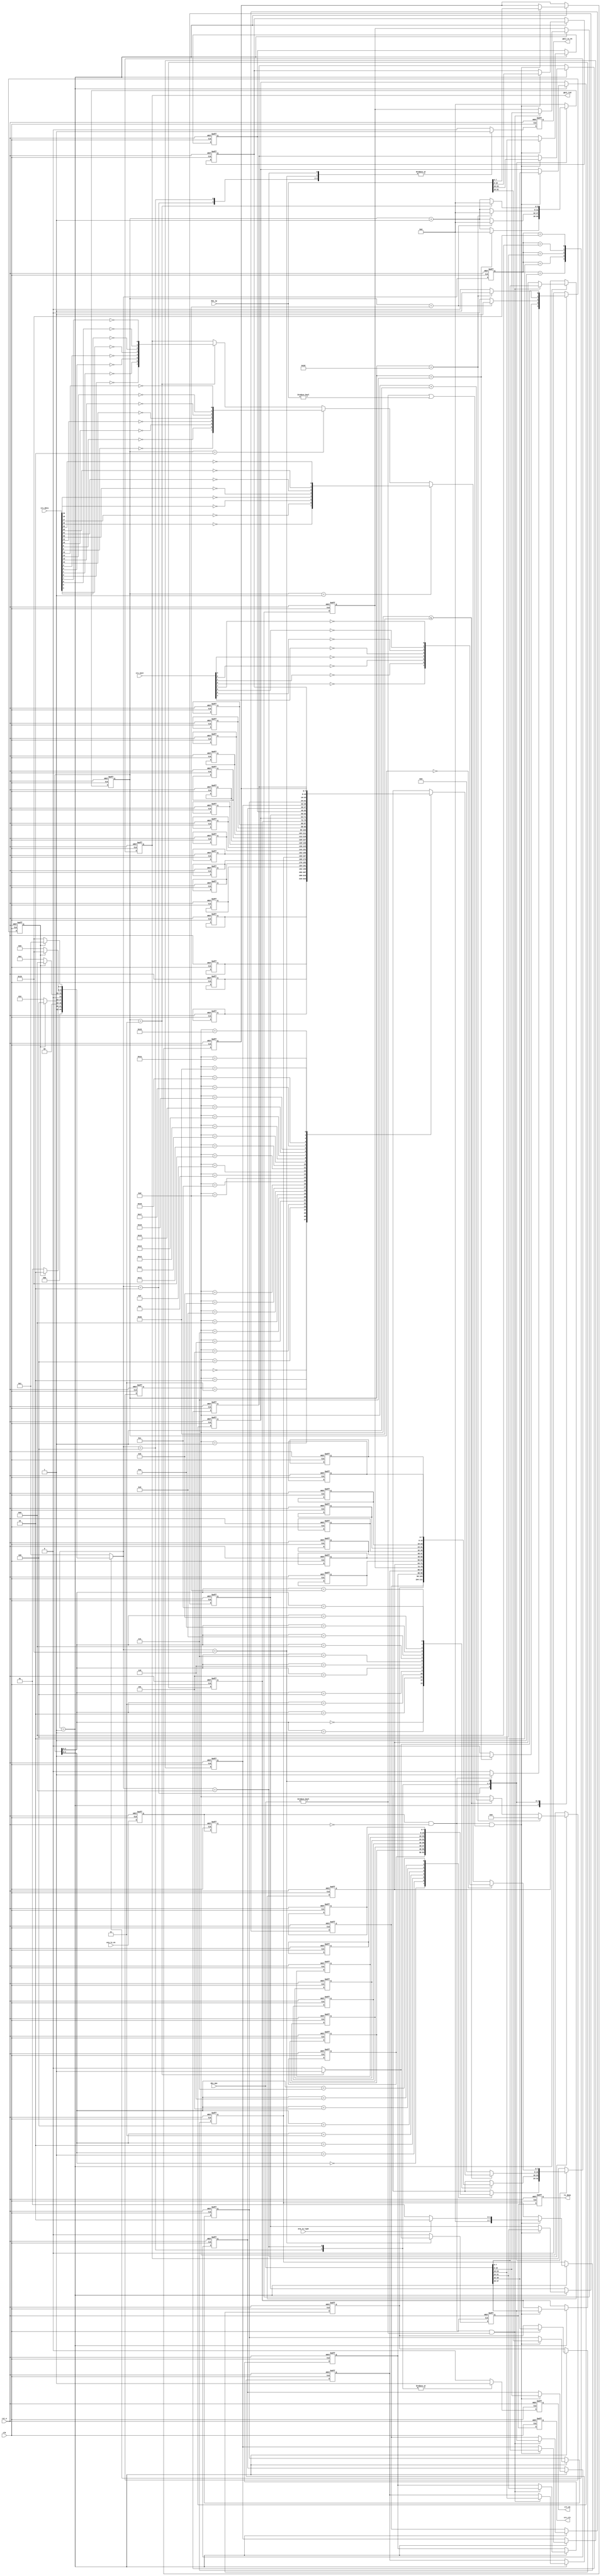
//************************************************
// Version      : v1.0
// Target Device: PANGO PGL50H
// Function     : 
//************************************************

module arp_tx #(
    parameter BOARD_MAC     = 48'h00_11_22_33_44_55         , //MAC 00-11-22-33-44-55
    parameter BOARD_IP      = {8'd192, 8'd168, 8'd1, 8'd10} , //IP 192.168.1.10
    parameter DES_MAC       = 48'hff_ff_ff_ff_ff_ff         , //MAC ff_ff_ff_ff_ff_ff
    parameter DES_IP        = {8'd192, 8'd168, 8'd1, 8'd102}  //IP 192.168.1.102
)(
    input   wire            clk        , //
    input   wire            rst_n      , //
    
    input   wire            arp_tx_en  , //ARP
    input   wire            arp_tx_type, //ARP 0:  1:
    input   wire    [47:0]  des_mac    , //MAC
    input   wire    [31:0]  des_ip     , //IP
    input   wire    [31:0]  crc_data   , //CRC
    input   wire    [ 7:0]  crc_next   , //CRC
    output  reg             tx_done    , //
    output  reg             gmii_tx_en , //GMII
    output  reg     [ 7:0]  gmii_txd   , //GMII
    output  reg             crc_en     , //CRC
    output  reg             crc_clr      //CRC 
);
/*************************parameter**************************/
localparam CODE_PREAMBLE = 8'h55    ; // 78'h55
localparam CODE_SFD      = 8'hd5    ; // 
localparam ETH_TYPE      = 16'h0806 ; // ARP
localparam HD_TYPE       = 16'h0001 ; // 
localparam PROTOCOL_TYPE = 16'h0800 ; // IP
localparam MIN_DATA_NUM  = 16'd46   ; // 46,

/****************************reg*****************************/
reg             r0_arp_tx_en    ;
reg             r1_arp_tx_en    ;

reg             skip_en         ; // 
reg     [ 5:0]  cnt             ; // 
reg     [ 4:0]  data_cnt        ; // 
reg             r_tx_done       ;

reg     [ 7:0]  preamble[7:0]   ; // +SFD
reg     [ 7:0]  eth_head[13:0]  ; // 
reg     [ 7:0]  arp_data[27:0]  ; // ARP 

/****************************wire****************************/
wire            arp_tx_en_posedge;

/********************combinational logic*********************/
assign arp_tx_en_posedge = r0_arp_tx_en && (!r1_arp_tx_en);

/****************************FSM*****************************/
reg     [4:0]   fsm_c;
reg     [4:0]   fsm_n;

localparam ST_IDLE     = 5'b00001; // 
localparam ST_PREAMBLE = 5'b00010; // +
localparam ST_ETH_HEAD = 5'b00100; // 
localparam ST_ARP_DATA = 5'b01000; //  ARP 
localparam ST_CRC      = 5'b10000; //  CRC 

always@(posedge clk or negedge rst_n)
begin
    if(!rst_n)
        fsm_c <= ST_IDLE;
    else
        fsm_c <= fsm_n;
end

always@(*)
begin
    case(fsm_c)
        ST_IDLE:                        // 
            if(skip_en)
                fsm_n = ST_PREAMBLE;
            else
                fsm_n = ST_IDLE;
        ST_PREAMBLE:                    // +
            if(skip_en)
                fsm_n = ST_ETH_HEAD;
            else
                fsm_n = ST_PREAMBLE;
        ST_ETH_HEAD:                    // 
            if(skip_en)
                fsm_n = ST_ARP_DATA;
            else
                fsm_n = ST_ETH_HEAD;
        ST_ARP_DATA:                    //  ARP 
            if(skip_en)
                fsm_n = ST_CRC;
            else
                fsm_n = ST_ARP_DATA;
        ST_CRC:                         //  CRC 
            if(skip_en)
                fsm_n = ST_IDLE;
            else
                fsm_n = ST_CRC;
        default:
                fsm_n = ST_IDLE;
    endcase
end

/**************************process***************************/
always@(posedge clk or negedge rst_n)
begin
    if(!rst_n)
        begin
            r0_arp_tx_en <= 1'b0;
            r1_arp_tx_en <= 1'b0;
        end
    else
        begin
            r0_arp_tx_en <= arp_tx_en;
            r1_arp_tx_en <= r0_arp_tx_en;
        end
end

always@(posedge clk or negedge rst_n)
begin
    if(!rst_n)
        skip_en <= 1'b0;
    else case(fsm_n)
        ST_IDLE:
            if(arp_tx_en_posedge)
                skip_en <= 1'b1;
            else
                skip_en <= 1'b0;
        ST_PREAMBLE:
            if(cnt == 6'd7)
                skip_en <= 1'b1;
            else
                skip_en <= 1'b0;
        ST_ETH_HEAD:
            if(cnt == 6'd13)
                skip_en <= 1'b1;
            else
                skip_en <= 1'b0;
        ST_ARP_DATA:
            if(cnt == MIN_DATA_NUM - 1)
                skip_en <= 1'b1;
            else
                skip_en <= 1'b0;
        ST_CRC:
            if(cnt == 6'd3)
                skip_en <= 1'b1;
            else
                skip_en <= 1'b0;
        default:
                skip_en <= 1'b0;
    endcase
end

always@(posedge clk or negedge rst_n)
begin
    if(!rst_n)
        cnt <= 6'd0;
    else case(fsm_n)
        ST_PREAMBLE:
            if(cnt == 6'd7)
                cnt <= 6'd0;
            else
                cnt <= cnt + 1'b1;
        ST_ETH_HEAD:
            if(cnt == 6'd13)
                cnt <= 6'd0;
            else
                cnt <= cnt + 1'b1;
        ST_ARP_DATA:
            if(cnt == MIN_DATA_NUM - 1)
                cnt <= 6'd0;
            else
                cnt <= cnt + 1'b1;
        ST_CRC:
            if(cnt == 6'd3)
                cnt <= 6'd0;
            else
                cnt <= cnt + 1'b1;
        default:
                cnt <= 6'd0;
    endcase
end

always@(posedge clk or negedge rst_n)
begin
    if(!rst_n)
        data_cnt <= 5'd0;
    else if(fsm_n == ST_ARP_DATA)
        if(cnt == MIN_DATA_NUM - 1)
            data_cnt <= 5'd0;
        else if(data_cnt <= 5'd27)
            data_cnt <= data_cnt + 1'b1;
        else
            data_cnt <= data_cnt;
    else
        data_cnt <= data_cnt;
end

always@(posedge clk or negedge rst_n)
begin
    if(!rst_n)
        crc_en <= 1'b0;
    else case(fsm_n)
        ST_ETH_HEAD:
            crc_en <= 1'b1;
        ST_ARP_DATA:
            crc_en <= 1'b1;
        default:
            crc_en <= 1'b0;
    endcase
end

always@(posedge clk or negedge rst_n)
begin
    if(!rst_n)
        gmii_tx_en <= 1'b0;
    else case(fsm_n)
        ST_PREAMBLE:
            gmii_tx_en <= 1'b1;
        ST_ETH_HEAD:
            gmii_tx_en <= 1'b1;
        ST_ARP_DATA:
            gmii_tx_en <= 1'b1;
        ST_CRC:
            gmii_tx_en <= 1'b1;
        default:
            gmii_tx_en <= 1'b0;
    endcase
end

always@(posedge clk or negedge rst_n)
begin
    if(!rst_n)
        gmii_txd <= 8'd0;
    else case(fsm_n)
        ST_PREAMBLE:
            gmii_txd <= preamble[cnt];
        ST_ETH_HEAD:
            gmii_txd <= eth_head[cnt];
        ST_ARP_DATA:
            if(data_cnt <= 6'd27)
                gmii_txd <= arp_data[data_cnt];
            else
                gmii_txd <= 8'd0;
        ST_CRC:
            if(cnt == 6'd0)
                gmii_txd <= {!crc_next[0], !crc_next[1], !crc_next[2], !crc_next[3], 
                             !crc_next[4], !crc_next[5], !crc_next[6], !crc_next[7]};
            else if(cnt == 6'd1)
                gmii_txd <= {!crc_data[16], !crc_data[17], !crc_data[18], !crc_data[19], 
                             !crc_data[20], !crc_data[21], !crc_data[22], !crc_data[23]};
            else if(cnt == 6'd2)
                gmii_txd <= {!crc_data[ 8], !crc_data[ 9], !crc_data[10], !crc_data[11], 
                             !crc_data[12], !crc_data[13], !crc_data[14], !crc_data[15]};
            else if(cnt == 6'd3)
                gmii_txd <= {!crc_data[0], !crc_data[1], !crc_data[2], !crc_data[3], 
                             !crc_data[4], !crc_data[5], !crc_data[6], !crc_data[7]};
            else
                gmii_txd <= gmii_txd;
        default:
                gmii_txd <= gmii_txd;
    endcase
end

always@(posedge clk or negedge rst_n)
begin
    if(!rst_n)
        r_tx_done <= 1'b0;
    else if(fsm_n == ST_CRC)
        if(cnt == 6'd3)
            r_tx_done <= 1'b1;
        else
            r_tx_done <= 1'b0;
    else
        r_tx_done <= 1'b0;
end

//  crc 
always@(posedge clk or negedge rst_n)
begin
    if(!rst_n)
        begin
            tx_done <= 1'b0;
            crc_clr <= 1'b0;
        end
    else
        begin
            tx_done <= r_tx_done;
            crc_clr <= r_tx_done;
        end
end

always@(posedge clk or negedge rst_n)
begin
    if(!rst_n)
        begin
            preamble[0] <= CODE_PREAMBLE;           // 
            preamble[1] <= CODE_PREAMBLE;
            preamble[2] <= CODE_PREAMBLE;
            preamble[3] <= CODE_PREAMBLE;
            preamble[4] <= CODE_PREAMBLE;
            preamble[5] <= CODE_PREAMBLE;
            preamble[6] <= CODE_PREAMBLE;
            preamble[7] <= CODE_SFD;                // 
        end
end

always@(posedge clk or negedge rst_n)
begin
    if(!rst_n)
        begin
            eth_head[ 0] <= DES_MAC[47:40];         //  eth_head
            eth_head[ 1] <= DES_MAC[39:32];
            eth_head[ 2] <= DES_MAC[31:24];
            eth_head[ 3] <= DES_MAC[23:16];
            eth_head[ 4] <= DES_MAC[15: 8];
            eth_head[ 5] <= DES_MAC[ 7: 0];
            eth_head[ 6] <= BOARD_MAC[47:40];       //  eth_head
            eth_head[ 7] <= BOARD_MAC[39:32];
            eth_head[ 8] <= BOARD_MAC[31:24];
            eth_head[ 9] <= BOARD_MAC[23:16];
            eth_head[10] <= BOARD_MAC[15: 8];
            eth_head[11] <= BOARD_MAC[ 7: 0];
            eth_head[12] <= ETH_TYPE[15: 8];        // eth_head
            eth_head[13] <= ETH_TYPE[ 7: 0];
        end
    else if(fsm_n == ST_IDLE)
        if(arp_tx_en_posedge && (des_mac != 48'd0)) //  MAC 
            begin
                eth_head[ 0] <= des_mac[47:40];         //  MAC 
                eth_head[ 1] <= des_mac[39:32];
                eth_head[ 2] <= des_mac[31:24];
                eth_head[ 3] <= des_mac[23:16];
                eth_head[ 4] <= des_mac[15: 8];
                eth_head[ 5] <= des_mac[ 7: 0];
            end
end


always@(posedge clk or negedge rst_n)
begin
    if(!rst_n)
        begin
            arp_data[ 0] <= HD_TYPE[15: 8];         // 
            arp_data[ 1] <= HD_TYPE[ 7: 0];
            arp_data[ 2] <= PROTOCOL_TYPE[15: 8];   // 
            arp_data[ 3] <= PROTOCOL_TYPE[ 7: 0];
            arp_data[ 4] <= 8'h06;                  // 6
            arp_data[ 5] <= 8'h04;                  // 4
            arp_data[ 6] <= 8'h00;                  // (OP) 16'h0001ARP  16'h0002ARP
            arp_data[ 7] <= 8'h01;                  // 
            arp_data[ 8] <= BOARD_MAC[47:40];       //  MAC 
            arp_data[ 9] <= BOARD_MAC[39:32];
            arp_data[10] <= BOARD_MAC[31:24];
            arp_data[11] <= BOARD_MAC[23:16];
            arp_data[12] <= BOARD_MAC[15: 8];
            arp_data[13] <= BOARD_MAC[ 7: 0];
            arp_data[14] <= BOARD_IP[31:24];        //  IP 
            arp_data[15] <= BOARD_IP[23:16];
            arp_data[16] <= BOARD_IP[15: 8];
            arp_data[17] <= BOARD_IP[ 7: 0];
            arp_data[18] <= DES_MAC[47:40];         //  MAC 
            arp_data[19] <= DES_MAC[39:32];
            arp_data[20] <= DES_MAC[31:24];
            arp_data[21] <= DES_MAC[23:16];
            arp_data[22] <= DES_MAC[15: 8];
            arp_data[23] <= DES_MAC[ 7: 0];
            arp_data[24] <= DES_IP[31:24];          //  IP 
            arp_data[25] <= DES_IP[23:16];
            arp_data[26] <= DES_IP[15: 8];
            arp_data[27] <= DES_IP[ 7: 0];
        end
    else if(fsm_n == ST_IDLE)
        if(arp_tx_en_posedge && ((des_mac != 48'd0) || (des_ip != 32'd0))) //  MAC  IP 
            begin
                begin
                    arp_data[18] <= des_mac[47:40];         //  MAC 
                    arp_data[19] <= des_mac[39:32];
                    arp_data[20] <= des_mac[31:24];
                    arp_data[21] <= des_mac[23:16];
                    arp_data[22] <= des_mac[15: 8];
                    arp_data[23] <= des_mac[ 7: 0];
                    arp_data[24] <= des_ip[31:24];          //  IP 
                    arp_data[25] <= des_ip[23:16];
                    arp_data[26] <= des_ip[15: 8];
                    arp_data[27] <= des_ip[ 7: 0];
                end if(arp_tx_type == 1'b0)
                    arp_data[ 7] <= 8'h01;                  // ARP 
                else
                    arp_data[ 7] <= 8'h02;                  // ARP 
            end
end

endmodule